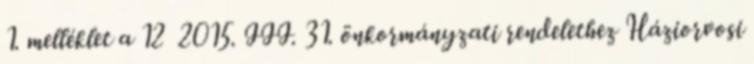
1. melléklet a 12 2015. III. 31. önkormányzati rendelethez Háziorvosi